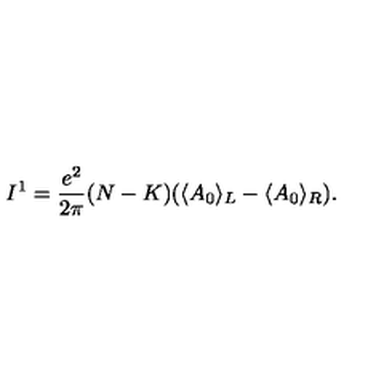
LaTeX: I ^ { 1 } = { \frac { e ^ { 2 } } { 2 \pi } } ( N - K ) ( \langle A _ { 0 } \rangle _ { L } - \langle A _ { 0 } \rangle _ { R } ) .